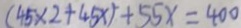
( 4 5 \times 2 + 4 5 x ) ^ { 2 } + 5 5 x = 4 0 0